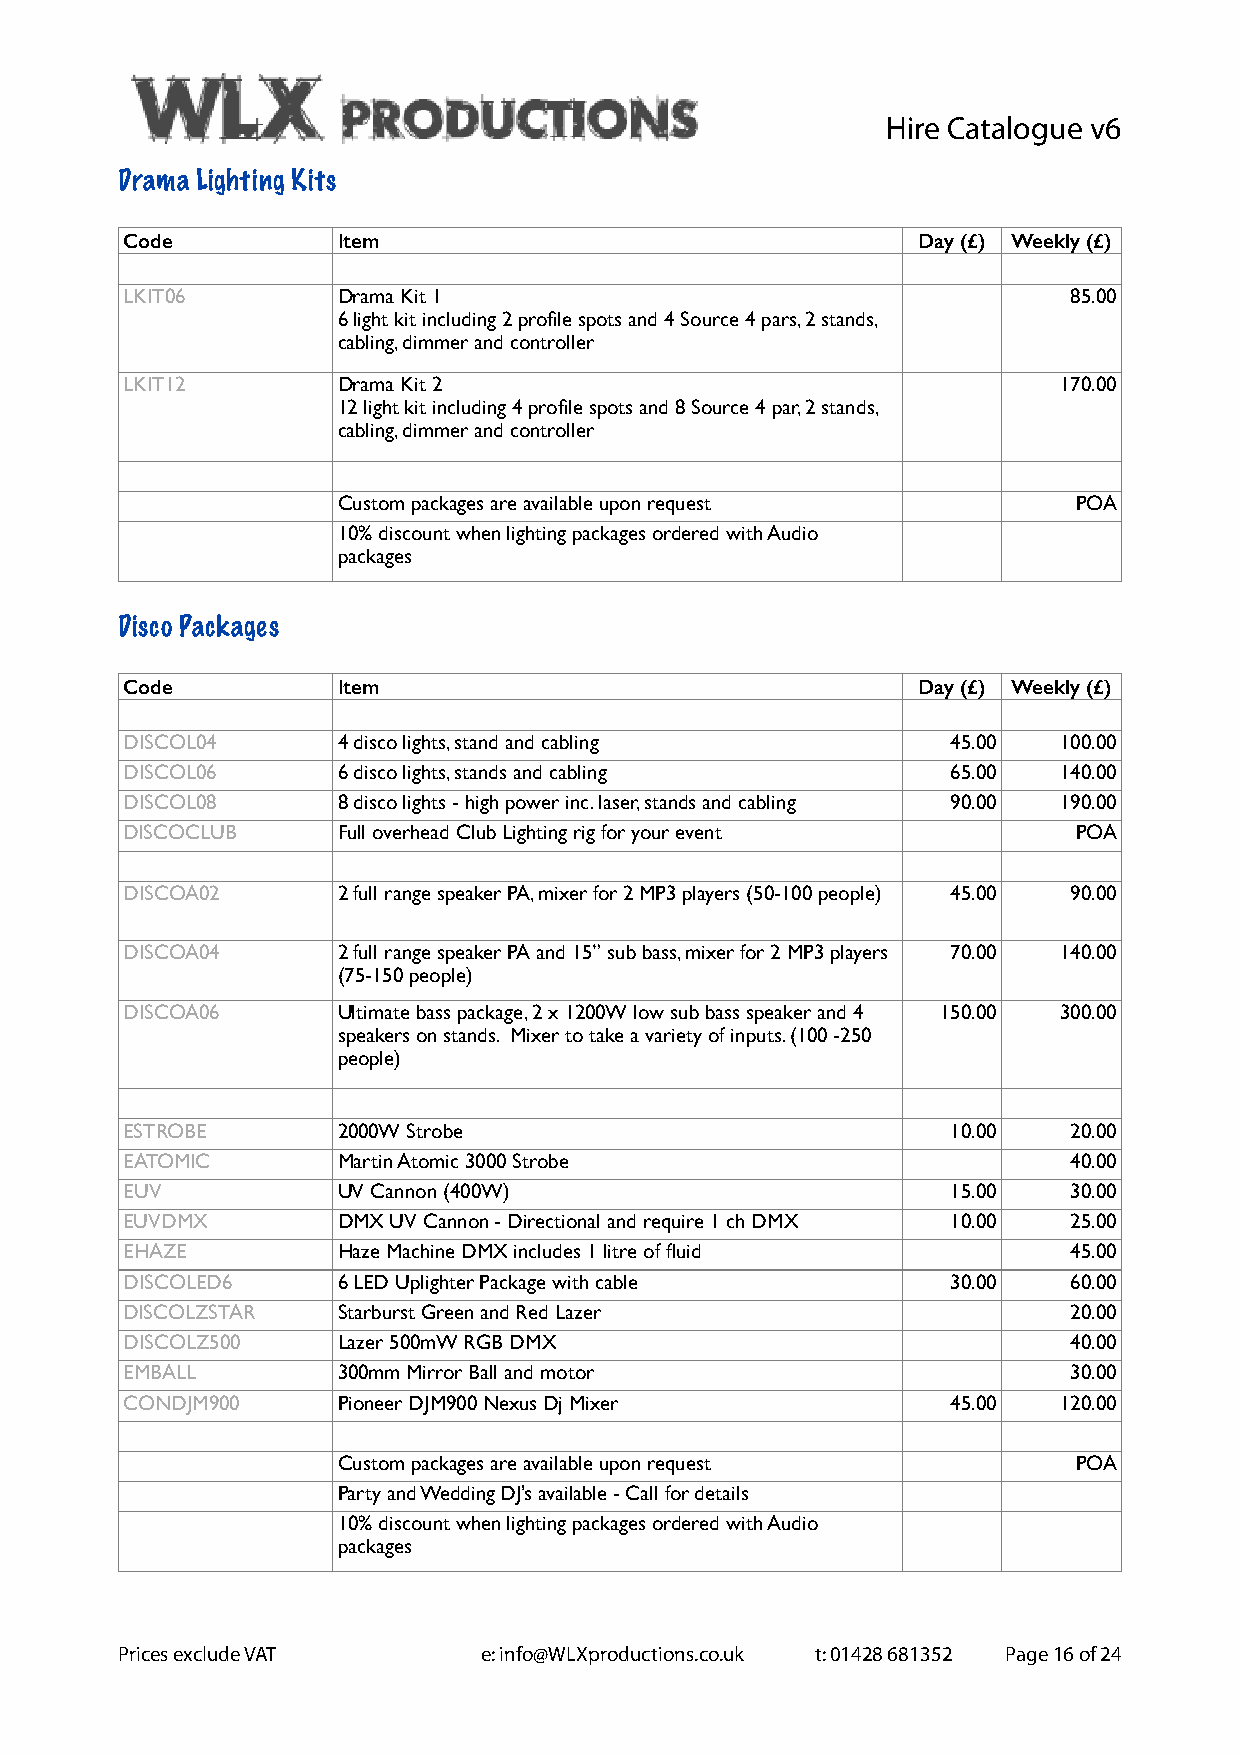
Hire Catalogue v6
 Drama Lighting Kits
 Code          Item                                   Day (£) Weekly (£)
 LKIT06        Drama Kit 1                                      85.00
 6 light kit including 2 profile spots and 4 Source 4 pars, 2 stands,
 cabling, dimmer and controller
 LKIT12        Drama Kit 2                                     170.00
 12 light kit including 4 profile spots and 8 Source 4 par, 2 stands,
 cabling, dimmer and controller
 Custom packages are available upon request       POA
 10% discount when lighting packages ordered with Audio
 packages
 Disco Packages
 Code          Item                                   Day (£) Weekly (£)
 DISCOL04      4 disco lights, stand and cabling        45.00  100.00
 DISCOL06      6 disco lights, stands and cabling       65.00  140.00
 DISCOL08      8 disco lights - high power inc. laser, stands and cabling 90.00 190.00
 DISCOCLUB     Full overhead Club Lighting rig for your event   POA
 DISCOA02      2 full range speaker PA, mixer for 2 MP3 players (50-100 people) 45.00 90.00
 DISCOA04      2 full range speaker PA and 15” sub bass, mixer for 2 MP3 players 70.00 140.00
 (75-150 people)
 DISCOA06      Ultimate bass package, 2 x 1200W low sub bass speaker and 4 150.00 300.00
 speakers on stands. Mixer to take a variety of inputs. (100 -250
 people)
 ESTROBE       2000W Strobe                             10.00   20.00
 EATOMIC       Martin Atomic 3000 Strobe                        40.00
 EUV           UV Cannon (400W)                         15.00   30.00
 EUVDMX        DMX UV Cannon - Directional and require 1 ch DMX 10.00 25.00
 EHAZE         Haze Machine DMX includes 1 litre of fluid       45.00
 DISCOLED6     6 LED Uplighter Package with cable       30.00   60.00
 DISCOLZSTAR   Starburst Green and Red Lazer                    20.00
 DISCOLZ500    Lazer 500mW RGB DMX                              40.00
 EMBALL        300mm Mirror Ball and motor                      30.00
 CONDJM900     Pioneer DJM900 Nexus Dj Mixer            45.00  120.00
 Custom packages are available upon request       POA
 Party and Wedding DJ’s available - Call for details
 10% discount when lighting packages ordered with Audio
 packages
 Prices exclude VAT      e: info@WLXproductions.co.uk t: 01428 681352 Page 16 of 24